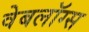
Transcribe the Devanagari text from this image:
वेबलॉग्स